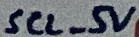
Text: SCL_5V